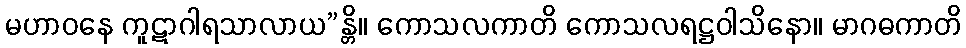
မဟာဝနေ ကူဋာဂါရသာလာယ”န္တိ။ ကောသလကာတိ ကောသလရဋ္ဌဝါသိနော။ မာဂဓကာတိ